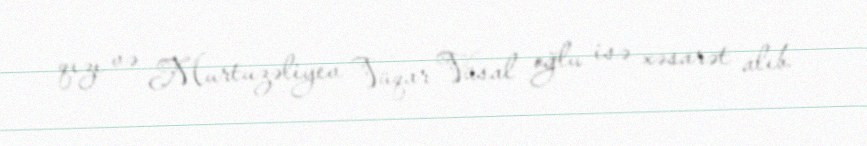
qızı və Murtuzəliyev Vüqar Vüsal oğlu isə xəsarət alıb.